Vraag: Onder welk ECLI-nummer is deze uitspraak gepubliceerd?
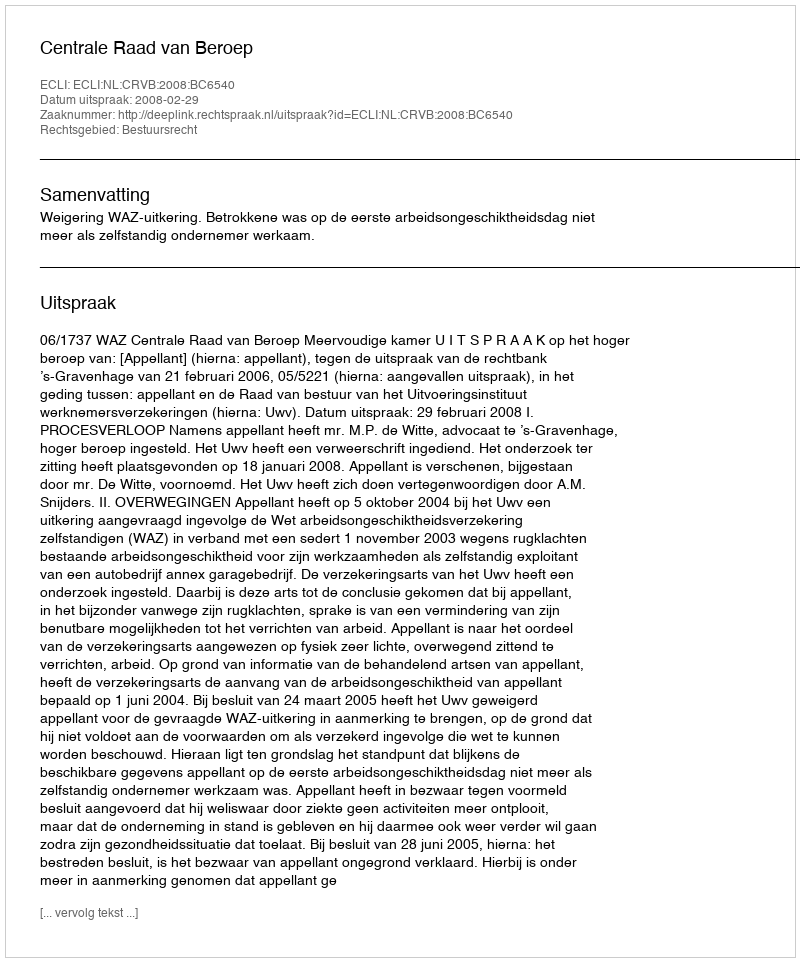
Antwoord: ECLI:NL:CRVB:2008:BC6540